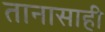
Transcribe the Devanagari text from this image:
तानासाही